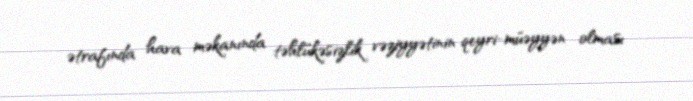
ətrafında hava məkanında təhlükəsizlik vəziyyətinin qeyri-müəyyən olması